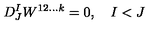
D _ { J } ^ { I } W ^ { 1 2 \ldots k } = 0 , \quad I < J